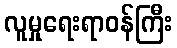
လူမှုရေးရာဝန်ကြီး